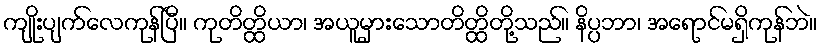
ကျိုးပျက်လေကုန်ပြီ။ ကုတိတ္ထိယာ၊ အယူမှားသောတိတ္ထိတို့သည်။ နိပ္ပဘာ၊ အရောင်မရှိကုန်ဘဲ။